DOW-UAP-D48, Department of the Air Force Report, 1996
Agency: Department of War
Incident date: 9/10/96
Page 5
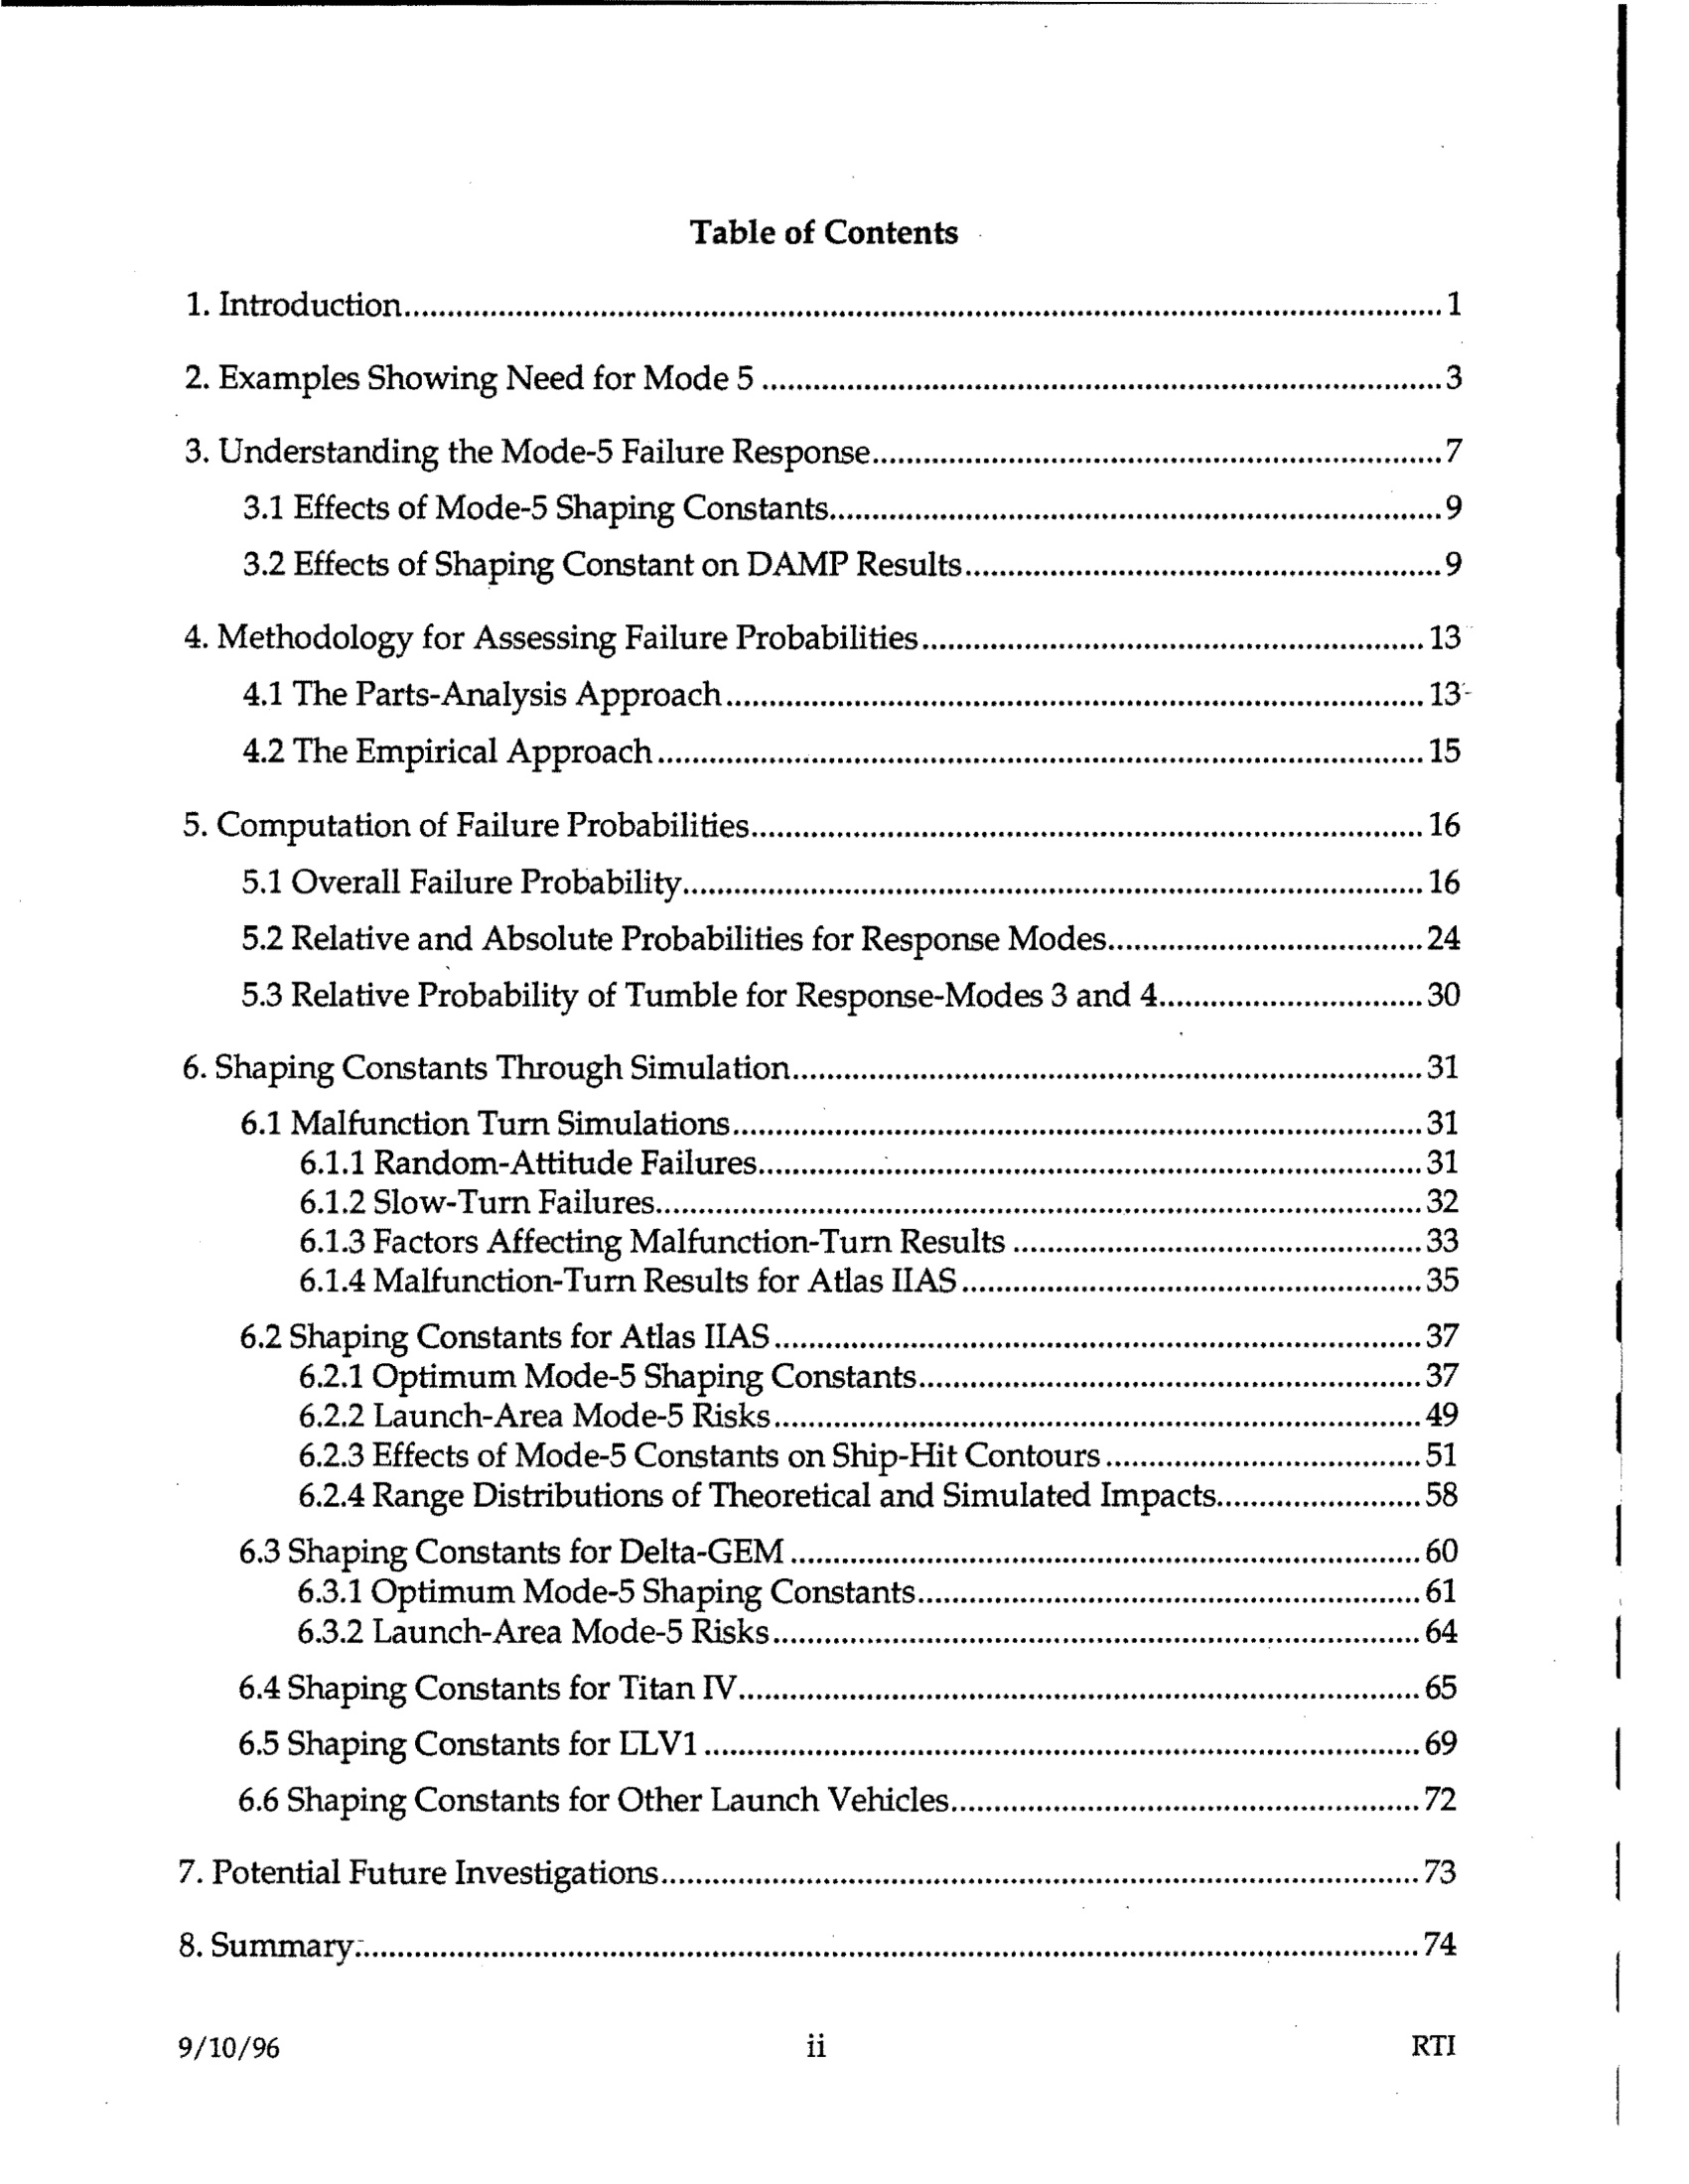